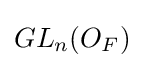
GL_{n}(O_{F})